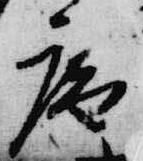
庵